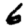
Digit: 6